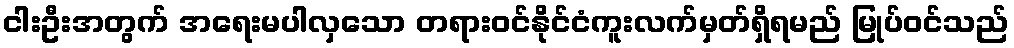
ငါးဦးအတွက် အရေးမပါလှသော တရားဝင်နိုင်ငံကူးလက်မှတ်ရှိရမည် မြုပ်ဝင်သည်